Note on the mental hospitals in Burma - 1925-1940
Year: 1925
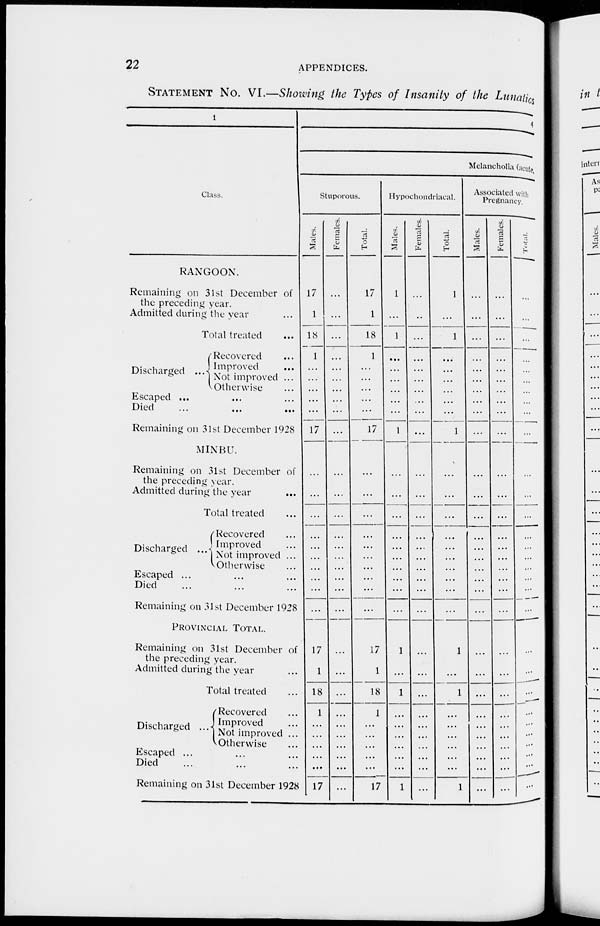
22
APPENDICES.
STATEMENT No. VI.—Showing the Types of Insanity of the Lunatics
1
Class.
RANGOON.
Remaining on 31st December of
the preceding year.
Admitted during the year ...
Total treated ...
Discharged
...
Recovered ...
Improved ...
Not improved ...
Otherwise ...
Escaped ... ... ...
Died ... ... ...
Remaining on 31st December 1928
MINBU.
Remaining on 31st December of
the preceding year.
Admitted during the year ...
Total treated ...
Discharged ...
Recovered ...
Improved ...
Not improved ...
Otherwise ...
Escaped ... ... ...
Died ... ... ...
Remaining on 31st December 1928
PROVINCIAL TOTAL.
Remaining on 31st December of
the preceding year.
Admitted during the year ...
Total treated ...
Discharged ...
Recovered ...
Improved ...
Not improved ...
Otherwise ...
Escaped ... ... ...
Died ... ... ...
Remaining on 31st December 1928
4
Melancholia (acute,
Stuporous.
Males.
17
1
18
1
...
...
...
...
...
17
...
...
...
...
...
...
...
...
...
17
1
18
1
...
...
...
...
...
17
Females.
...
...
...
...
...
...
...
...
...
...
...
...
...
...
...
...
...
...
...
...
...
...
...
...
...
...
...
...
...
...
Total.
17
1
18
1
...
...
...
...
...
17
...
...
...
...
...
...
...
...
...
...
17
1
18
1
...
...
...
...
17
Hypochondriacal.
Males.
1
...
1
...
...
...
...
...
...
1
...
...
...
...
...
...
...
...
...
1
...
1
...
...
...
...
...
...
1
Females.
...
...
...
...
...
...
...
...
...
...
...
...
...
...
...
...
...
...
...
...
...
...
...
...
...
...
...
...
...
...
Total.
1
...
1
...
...
...
...
...
...
1
...
...
...
...
...
...
...
...
...
...
1
...
1
...
...
...
...
...
...
1
Associated with
Pregnancy.
Males.
...
...
...
...
...
...
...
...
...
...
...
...
...
...
...
...
...
...
...
...
...
...
...
...
...
...
...
...
...
...
Females.
...
...
...
...
...
...
...
...
...
...
...
...
...
...
...
...
...
...
...
...
...
...
...
...
...
...
...
...
...
...
Total.
...
...
...
...
...
...
...
...
...
...
...
...
...
...
...
...
...
...
...
...
...
...
...
...
...
...
...
...
...
...